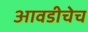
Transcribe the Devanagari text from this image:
आवडीचेच